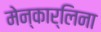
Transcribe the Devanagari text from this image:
मेन्कार्लिना